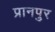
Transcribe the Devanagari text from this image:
प्रानपुर